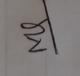
Signature authenticity: genuine